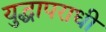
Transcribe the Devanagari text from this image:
युद्धापराधी